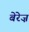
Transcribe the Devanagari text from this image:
बेरेज़